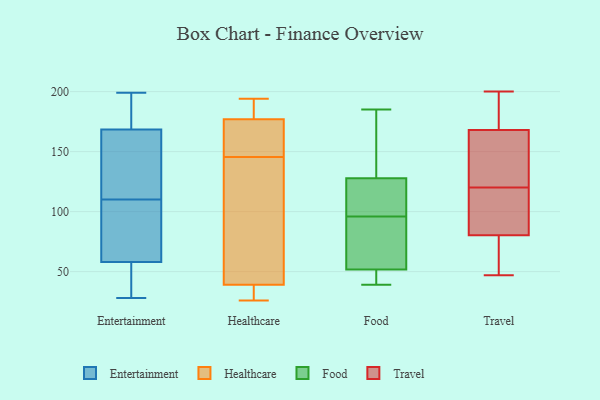
{"axis": {"x": "Operating Costs (USD K)", "y": "Value"}, "legend": ["Entertainment", "Food", "Healthcare", "Travel"], "data": [{"x": "", "y": 176, "type": "Entertainment"}, {"x": "", "y": 65, "type": "Entertainment"}, {"x": "", "y": 148, "type": "Entertainment"}, {"x": "", "y": 32, "type": "Entertainment"}, {"x": "", "y": 179, "type": "Entertainment"}, {"x": "", "y": 161, "type": "Entertainment"}, {"x": "", "y": 166, "type": "Entertainment"}, {"x": "", "y": 92, "type": "Entertainment"}, {"x": "", "y": 37, "type": "Entertainment"}, {"x": "", "y": 28, "type": "Entertainment"}, {"x": "", "y": 110, "type": "Entertainment"}, {"x": "", "y": 199, "type": "Entertainment"}, {"x": "", "y": 72, "type": "Entertainment"}, {"x": "", "y": 37, "type": "Healthcare"}, {"x": "", "y": 194, "type": "Healthcare"}, {"x": "", "y": 189, "type": "Healthcare"}, {"x": "", "y": 103, "type": "Healthcare"}, {"x": "", "y": 26, "type": "Healthcare"}, {"x": "", "y": 39, "type": "Healthcare"}, {"x": "", "y": 177, "type": "Healthcare"}, {"x": "", "y": 194, "type": "Healthcare"}, {"x": "", "y": 161, "type": "Healthcare"}, {"x": "", "y": 143, "type": "Healthcare"}, {"x": "", "y": 29, "type": "Healthcare"}, {"x": "", "y": 148, "type": "Healthcare"}, {"x": "", "y": 165, "type": "Healthcare"}, {"x": "", "y": 63, "type": "Healthcare"}, {"x": "", "y": 51, "type": "Food"}, {"x": "", "y": 158, "type": "Food"}, {"x": "", "y": 109, "type": "Food"}, {"x": "", "y": 54, "type": "Food"}, {"x": "", "y": 185, "type": "Food"}, {"x": "", "y": 39, "type": "Food"}, {"x": "", "y": 68, "type": "Food"}, {"x": "", "y": 104, "type": "Food"}, {"x": "", "y": 40, "type": "Food"}, {"x": "", "y": 134, "type": "Food"}, {"x": "", "y": 96, "type": "Food"}, {"x": "", "y": 173, "type": "Travel"}, {"x": "", "y": 200, "type": "Travel"}, {"x": "", "y": 87, "type": "Travel"}, {"x": "", "y": 153, "type": "Travel"}, {"x": "", "y": 193, "type": "Travel"}, {"x": "", "y": 89, "type": "Travel"}, {"x": "", "y": 179, "type": "Travel"}, {"x": "", "y": 88, "type": "Travel"}, {"x": "", "y": 61, "type": "Travel"}, {"x": "", "y": 133, "type": "Travel"}, {"x": "", "y": 78, "type": "Travel"}, {"x": "", "y": 71, "type": "Travel"}, {"x": "", "y": 120, "type": "Travel"}, {"x": "", "y": 190, "type": "Travel"}, {"x": "", "y": 68, "type": "Travel"}, {"x": "", "y": 141, "type": "Travel"}, {"x": "", "y": 47, "type": "Travel"}, {"x": "", "y": 109, "type": "Travel"}, {"x": "", "y": 133, "type": "Travel"}]}